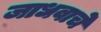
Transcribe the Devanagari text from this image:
जाधवाचे